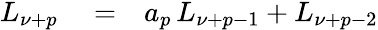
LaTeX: \begin{array}{rlr}{L_{\nu+p}}&{{}=}&{a_{p}\, L_{\nu+p-1}+L_{\nu+p-2}}\end{array}